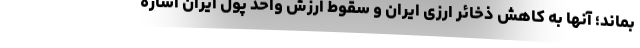
بماند؛ آنها به کاهش ذخائر ارزی ایران و سقوط ارزش واحد پول ایران اشاره